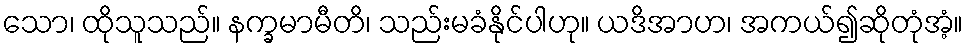
သော၊ ထိုသူသည်။ နက္ခမာမီတိ၊ သည်းမခံနိုင်ပါဟု။ ယဒိအာဟ၊ အကယ်၍ဆိုတုံအံ့။